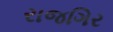
રાજગિર